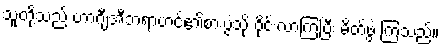
သူတို့သည် ဟာဂျီအီဘရာဟင်၏စားပွဲသို့ ဝိုင်းလာကြပြီး မိတ်ဖွဲ့ ကြသည်။